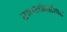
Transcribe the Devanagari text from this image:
राण्यांबरोबर